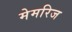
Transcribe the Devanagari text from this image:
मेमरिज